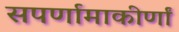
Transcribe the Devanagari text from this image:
सपर्णामाकीर्णां